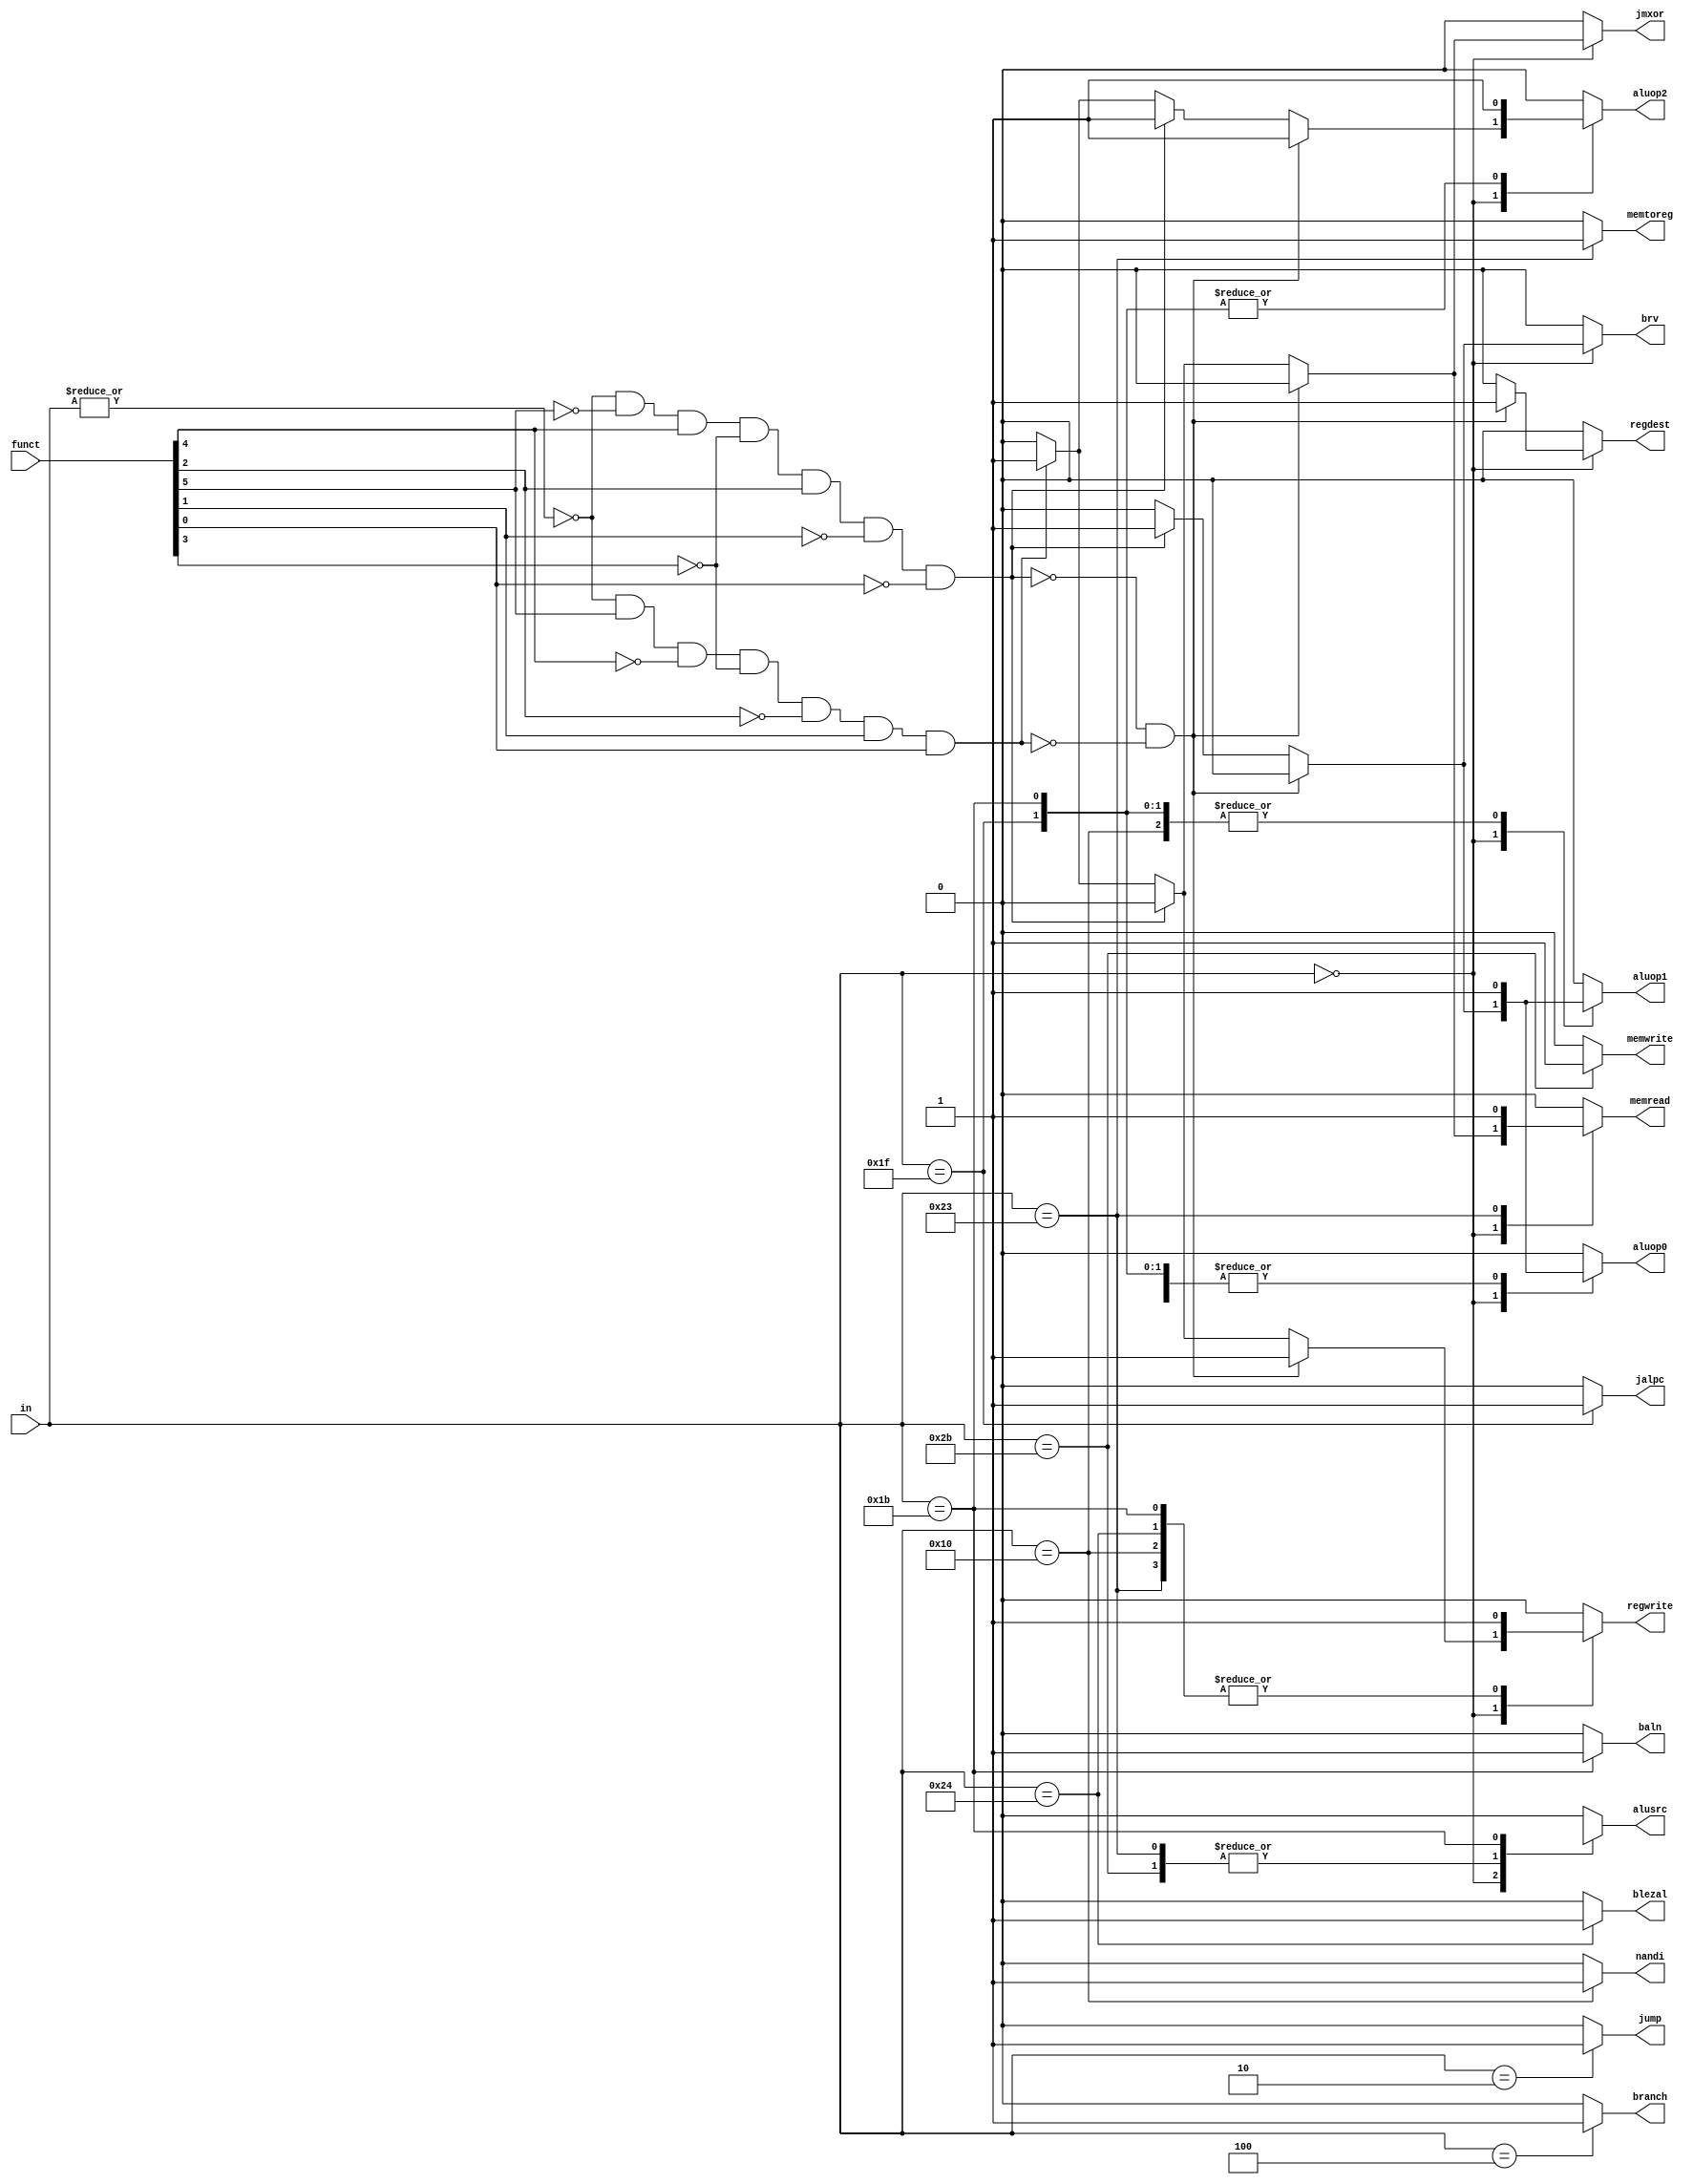
module control(in,funct,regdest, alusrc, memtoreg, regwrite, memread, memwrite, branch, aluop2, aluop1, aluop0, jump, brv, jmxor, nandi, blezal, jalpc, baln);
input [5:0] in, funct;
output reg regdest, alusrc, memtoreg, regwrite, memread, memwrite, branch, aluop2, aluop1, aluop0, jump, brv, jmxor, nandi, blezal, jalpc, baln;

// Define the instruction types as wires
wire rformat, lw, sw, beq,isBrv,isJmxor;
assign rformat=~|in;
assign lw=in[5]& (~in[4])&(~in[3])&(~in[2])&in[1]&in[0];
assign sw=in[5]& (~in[4])&in[3]&(~in[2])&in[1]&in[0];
assign beq=~in[5]& (~in[4])&(~in[3])&in[2]&(~in[1])&(~in[0]);
assign isBrv=rformat&~funct[5]&funct[4]&~funct[3]&funct[2]&~funct[1]&~funct[0]; //010100 brv
assign isJmxor=rformat&funct[5]&~funct[4]&~funct[3]&~funct[2]&funct[1]&funct[0]; //100011 jmxor

always @ (*) begin
    // Default values
    regdest = 0; alusrc = 0; memtoreg = 0; regwrite = 0; memread = 0; memwrite = 0; branch = 0; baln = 0;
    aluop2 = 0; aluop1 = 0; aluop0 = 0; jump = 0; brv = 0; jmxor = 0; nandi = 0; blezal = 0; jalpc = 0;

    case(in)
        6'b000000: begin // R-type
            if (~isBrv&~isJmxor)
              begin
                regdest = 1; regwrite = 1; aluop2 = 1;
              end
            else if (isBrv)
              begin
                aluop2=1; aluop1=1; aluop0=1;
                brv=1;
              end
          else if(isJmxor)
            begin
              alusrc=1; regwrite=1; memread=1; aluop2=1;
              jmxor=1;
          end
        end
        6'b100011: begin // LOAD
            alusrc = 1; memtoreg = 1;
            regwrite = 1; memread = 1;
        end
        6'b101011: begin // STORE
            alusrc = 1; memwrite = 1;
        end
        6'b000100: begin // BEQ
            branch = 1; aluop0 = 1;
        end
        6'b000010: begin // JUMP
            //regdest=1'bx; alusrc=1'bx; 
            jump = 1;
        end
        6'b010000: begin // NANDI
            regwrite=1; aluop1=1; aluop0=1;
            nandi = 1;
        end
        6'b100100: begin // BLEZAL
            regwrite=1; aluop0=1;
            blezal = 1;
        end
        6'b011111: begin // JALPC
            jalpc = 1;
            aluop2=1; aluop1=1; aluop0=1;
        end
        6'b011011: begin // BALN
            alusrc=1'bx; regwrite=1;
            aluop2=1; aluop1=1; aluop0=1;
            baln = 1;
        end
    endcase
end
  
endmodule